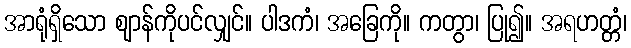
အာရုံရှိသော ဈာန်ကိုပင်လျှင်။ ပါဒကံ၊ အခြေကို။ ကတွာ၊ ပြု၍။ အရဟတ္တံ၊